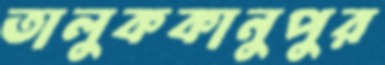
তালুককানুপুর